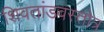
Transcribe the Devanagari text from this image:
शिवतांडवस्तोत्र